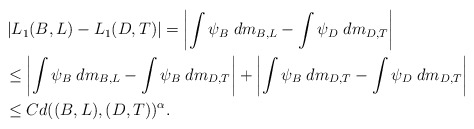
\begin{align*}&\left| L_1(B,L) - L_1(D,T) \right | = \left | \int \psi_{B} \; dm_{B,L} - \int \psi_{D} \; dm_{D,T} \right | \\&\leq \left| \int \psi_{B} \; dm_{B,L} - \int \psi_{B} \; dm_{D,T} \right| + \left| \int \psi_{B} \; dm_{D,T} - \int \psi_{D} \; dm_{D,T} \right | \\&\leq C d((B,L),(D,T))^\alpha .\end{align*}